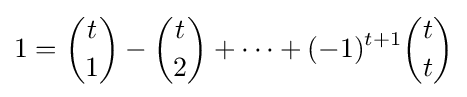
1={\binom {t}{1}}-{\binom {t}{2}}+\cdots +(-1)^{t+1}{\binom {t}{t}}